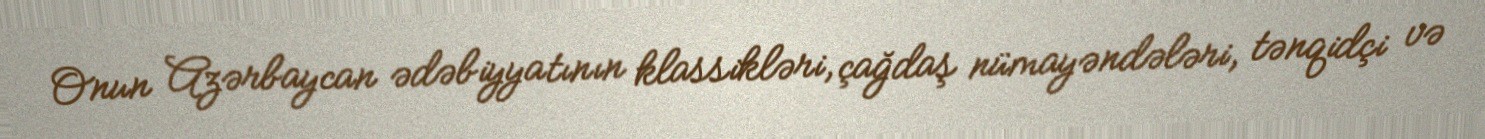
Onun Azərbaycan ədəbiyyatının klassikləri, çağdaş nümayəndələri, tənqidçi və